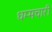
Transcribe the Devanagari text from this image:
धम्मचारी